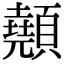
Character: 顤